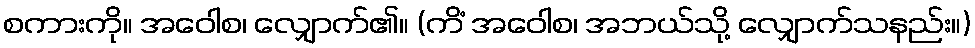
စကားကို။ အဝေါစ၊ လျှောက်၏။ (ကိံ အဝေါစ၊ အဘယ်သို့ လျှောက်သနည်း။)